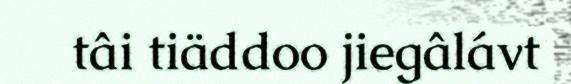
tâi tiäddoo jiegâlávt